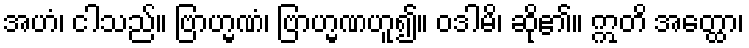
အဟံ၊ ငါသည်။ ဗြာဟ္မဏံ၊ ဗြာဟ္မဏဟူ၍။ ဝဒါမိ၊ ဆို၏။ ဣတိ အတ္ထော၊